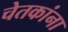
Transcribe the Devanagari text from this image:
चेतकांना